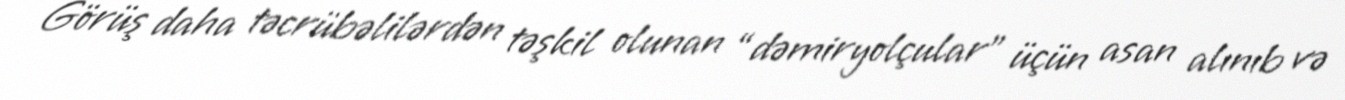
Görüş daha təcrübəlilərdən təşkil olunan “dəmiryolçular” üçün asan alınıb və